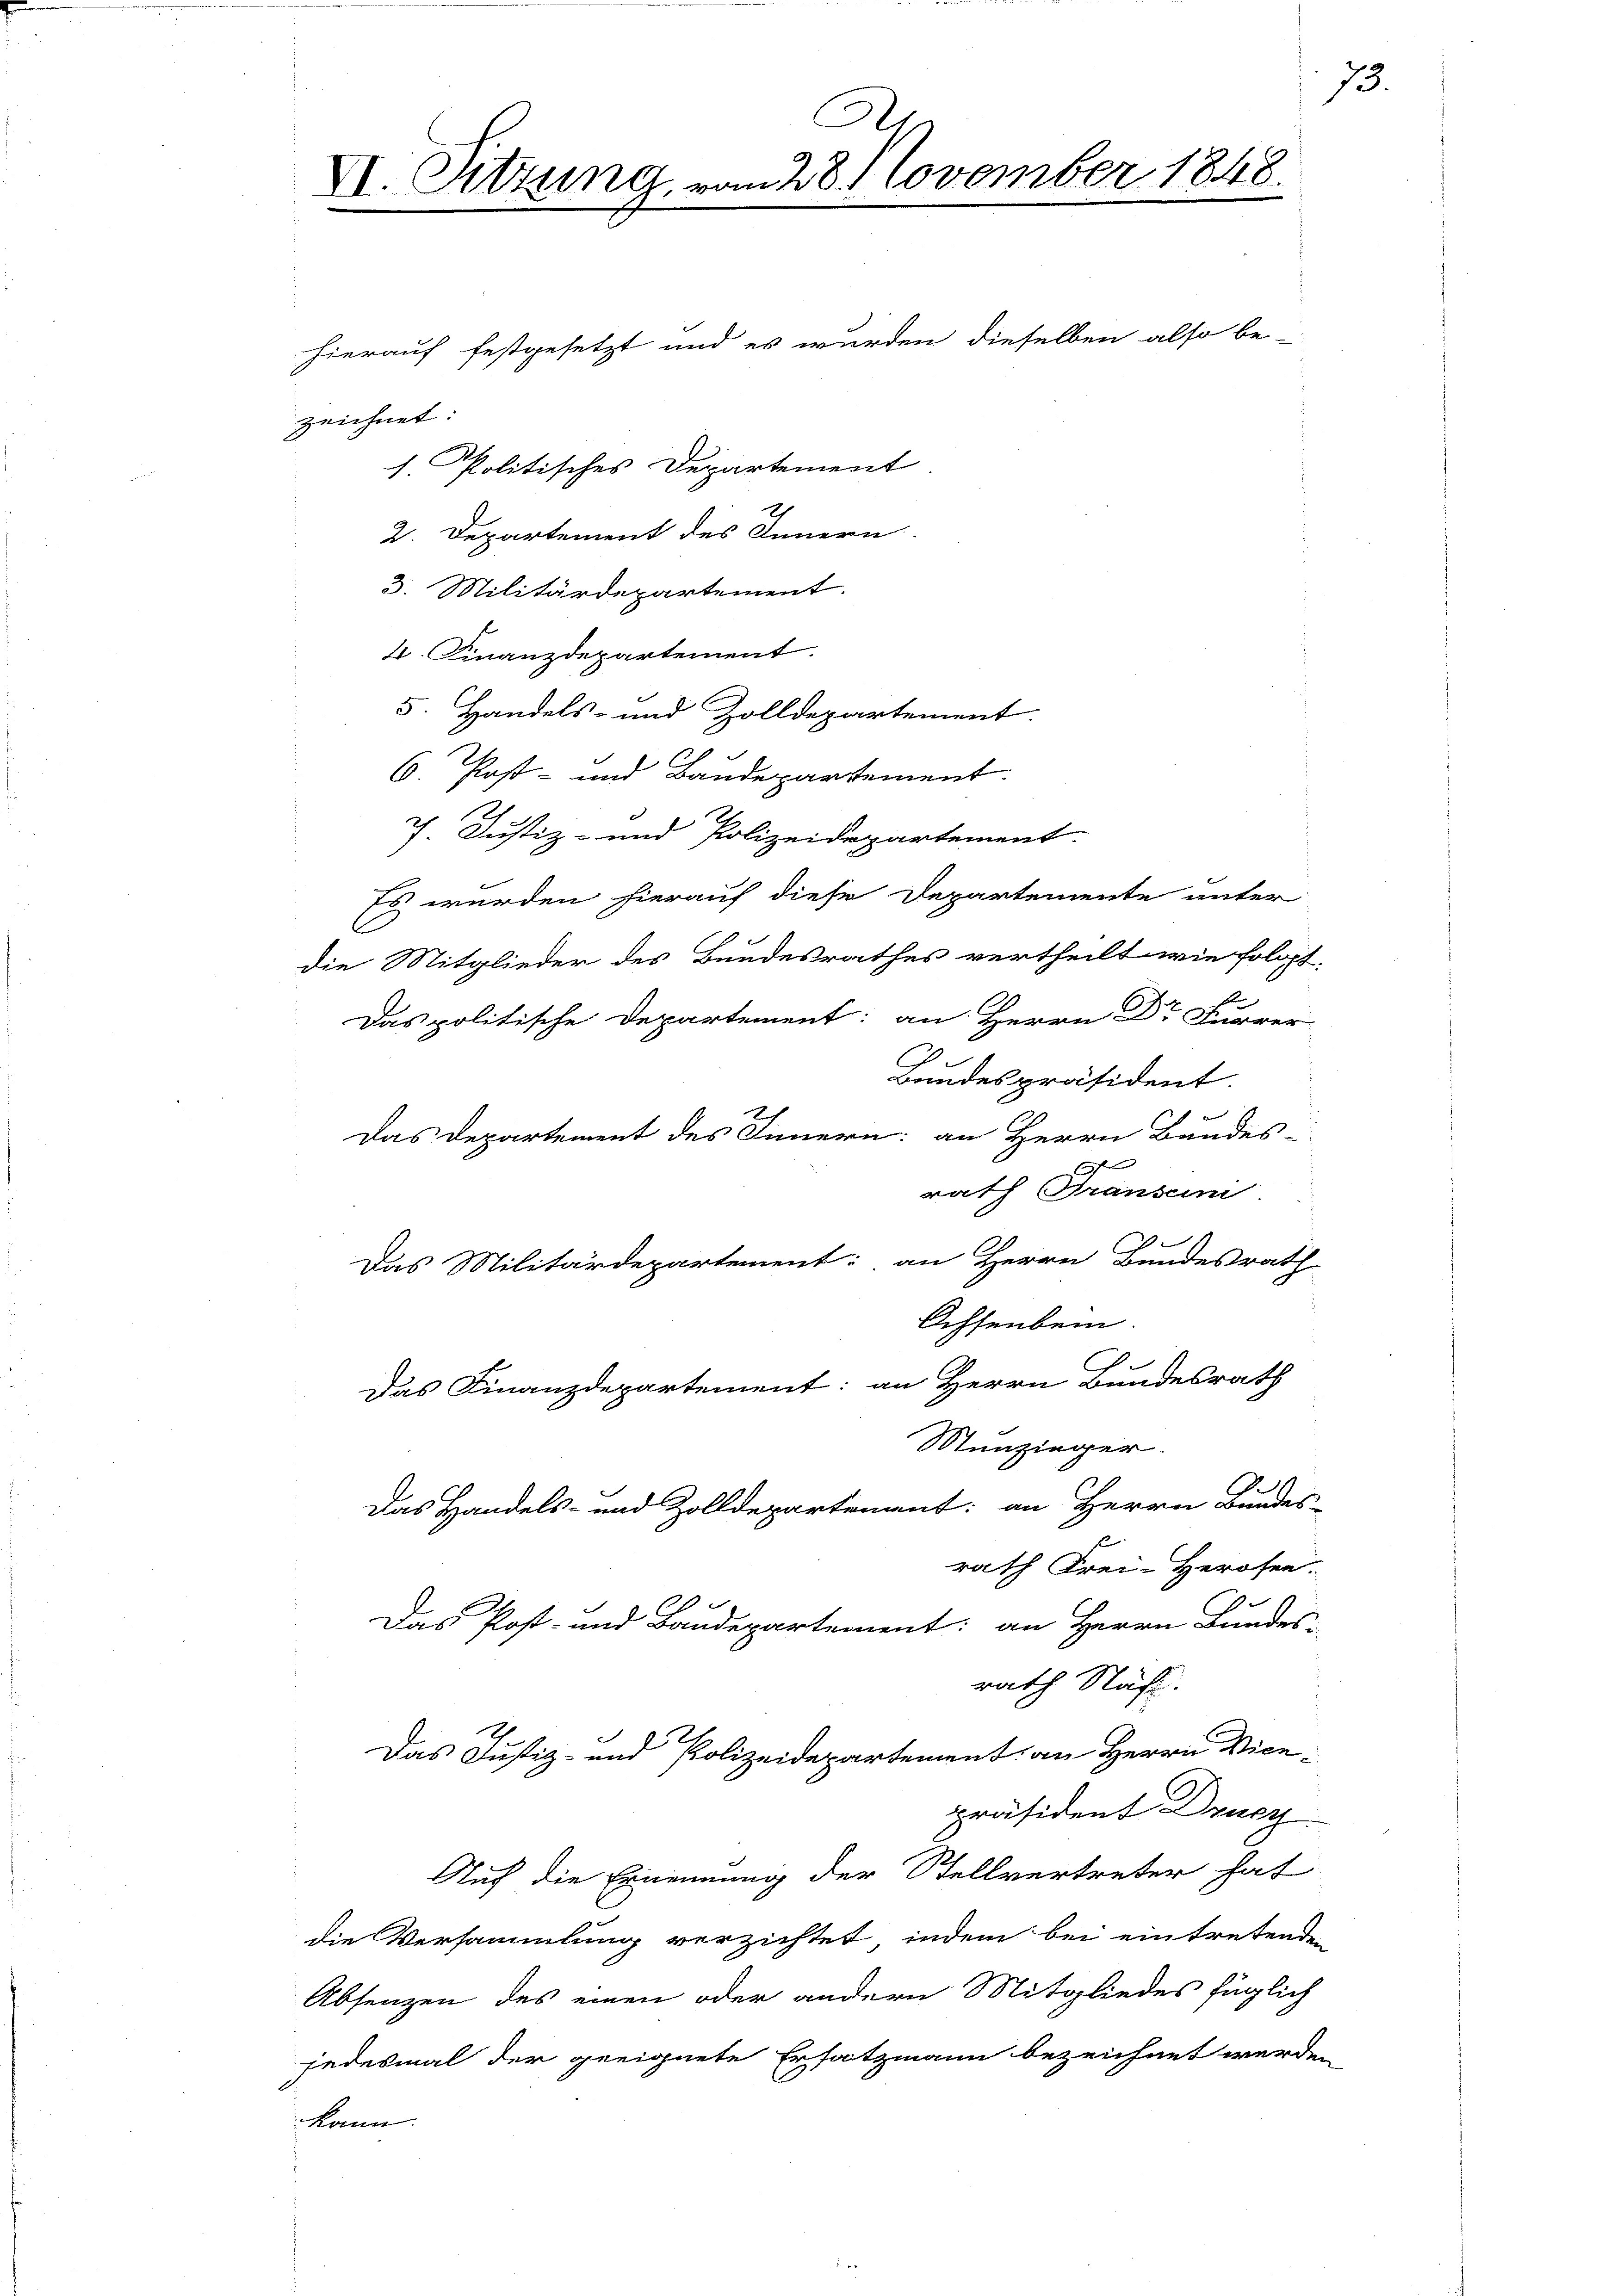
hierauf festgesetzt und es wurden dieselben also be-
zeichnet:
1. Politisches Departement
2. Departement des Innern.
3. Militärdepartement.
4. Finanzdepartement.
5. Handels- und Zolldepartement.
6. Post- und Baudepartement.
7. Justiz- und Polizeidepartement.
Es wurden hierauf diese Departemente unter
die Mitglieder des Bundesrathes vertheilt wie folget,
Das politische Departement: an Herrn Dr Furrer
Bundespräsident.
Das Departement des Innern: an Herrn Bundes-
rath Transen.
.
Das Militärdepartement; an Herrn Bundesrath
Ochsenbein.
Das Finanzdepartement: an Herrn Bundesrath
Munzinger.
Das Handels- und Zolldepartenant: an Herrn Bundes-
rath Frei-Herofen.
Das Post- und Baudepartement: an Herrn Bundes-
rath Näß.
Das Justiz- und Polizeidepartement an Herrn Vicepräsident Drucz
Auf die Ernennung der Stellvertreter hat
die Versammlung verzichtet, indem bei eintretende
Absenzen des einen oder andern Mitgliedes füglich
jedesmal der geeignete Ersatzmann bezeichnet werd.
kann.

X. Sitzung, vom 28. November 1848.

73.

2